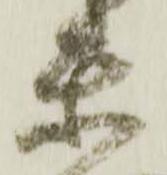
楽